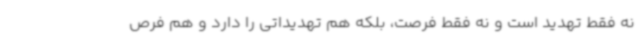
نه فقط تهدید است و نه فقط فرصت، بلکه هم تهدیداتی را دارد و هم فرص